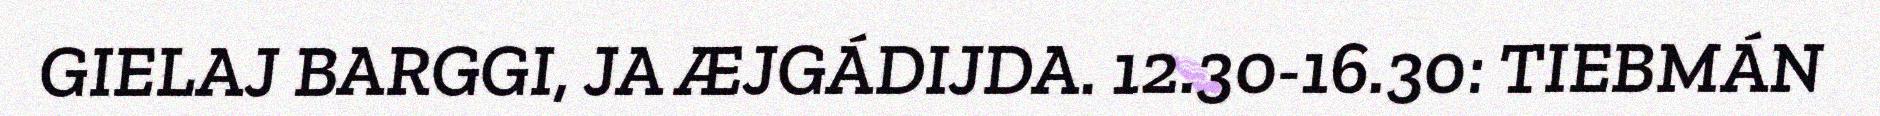
GIELAJ BARGGI, JA ÆJGÁDIJDA. 12.30-16.30: TIEBMÁN